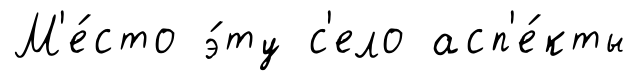
М'е́сто э́ту с'ело асп'е́кты